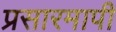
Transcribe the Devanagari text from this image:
प्रसारमापी